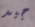
جيد